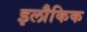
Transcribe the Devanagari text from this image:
इलौकिक